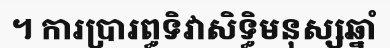
។ ការប្រារព្ធទិវាសិទ្ធិមនុស្សឆ្នាំ